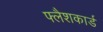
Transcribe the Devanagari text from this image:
फ्लैशकार्ड